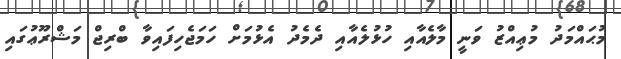
މުޙައްމަދު މުޢިއްޒު ވަނީ މާލެއާއި ހުޅުލެއާއި ދެމެދު އެޅުމަށް ހަމަޖެހިފައިވާ ބްރިޖް މަޝްރޫޢުގައި